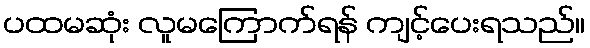
ပထမဆုံး လူမကြောက်ရန် ကျင့်ပေးရသည်။